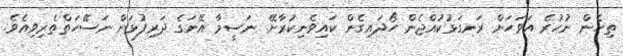
ތިހެން ނުހުރެ އަވަހަށް ރަނގަޅުކުއްޖެން ހޯދައިގެން ކައިވެނިކުރާށޭ. ނަސީމާ އޭނަގެ ދަރިފުޅަށް ނަސޭހަތްތެރިވިއެވެ.